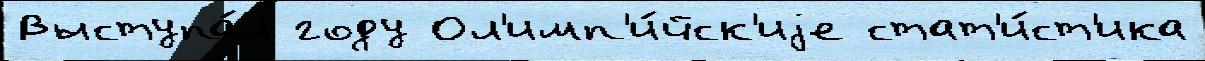
Выступа́л году Ол'имп'и́йск'иjе стат'и́ст'ика